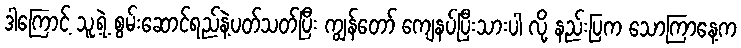
ဒါကြောင့် သူ့ရဲ့ စွမ်းဆောင်ရည်နဲ့ပတ်သတ်ပြီး ကျွန်တော် ကျေနပ်ပြီးသားပါ လို့ နည်းပြက သောကြာနေ့က